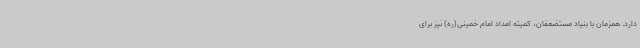
دارد. همزمان با بنیاد مستضعفان، کمیته امداد امام خمینی(ره) نیز برای